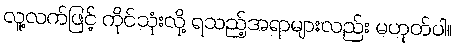
လူ့လက်ဖြင့် ကိုင်သုံးလို့ ရသည့်အရာများလည်း မဟုတ်ပါ။